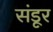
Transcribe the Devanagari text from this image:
संडूर